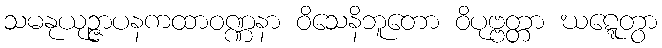
သမနုယုဉ္ဇာပနကထာဝဏ္ဏနာ ဝိသေနိဘူတော ဝိပုဗ္ဗတ္တာ ဃဋ္ဋေတွာ